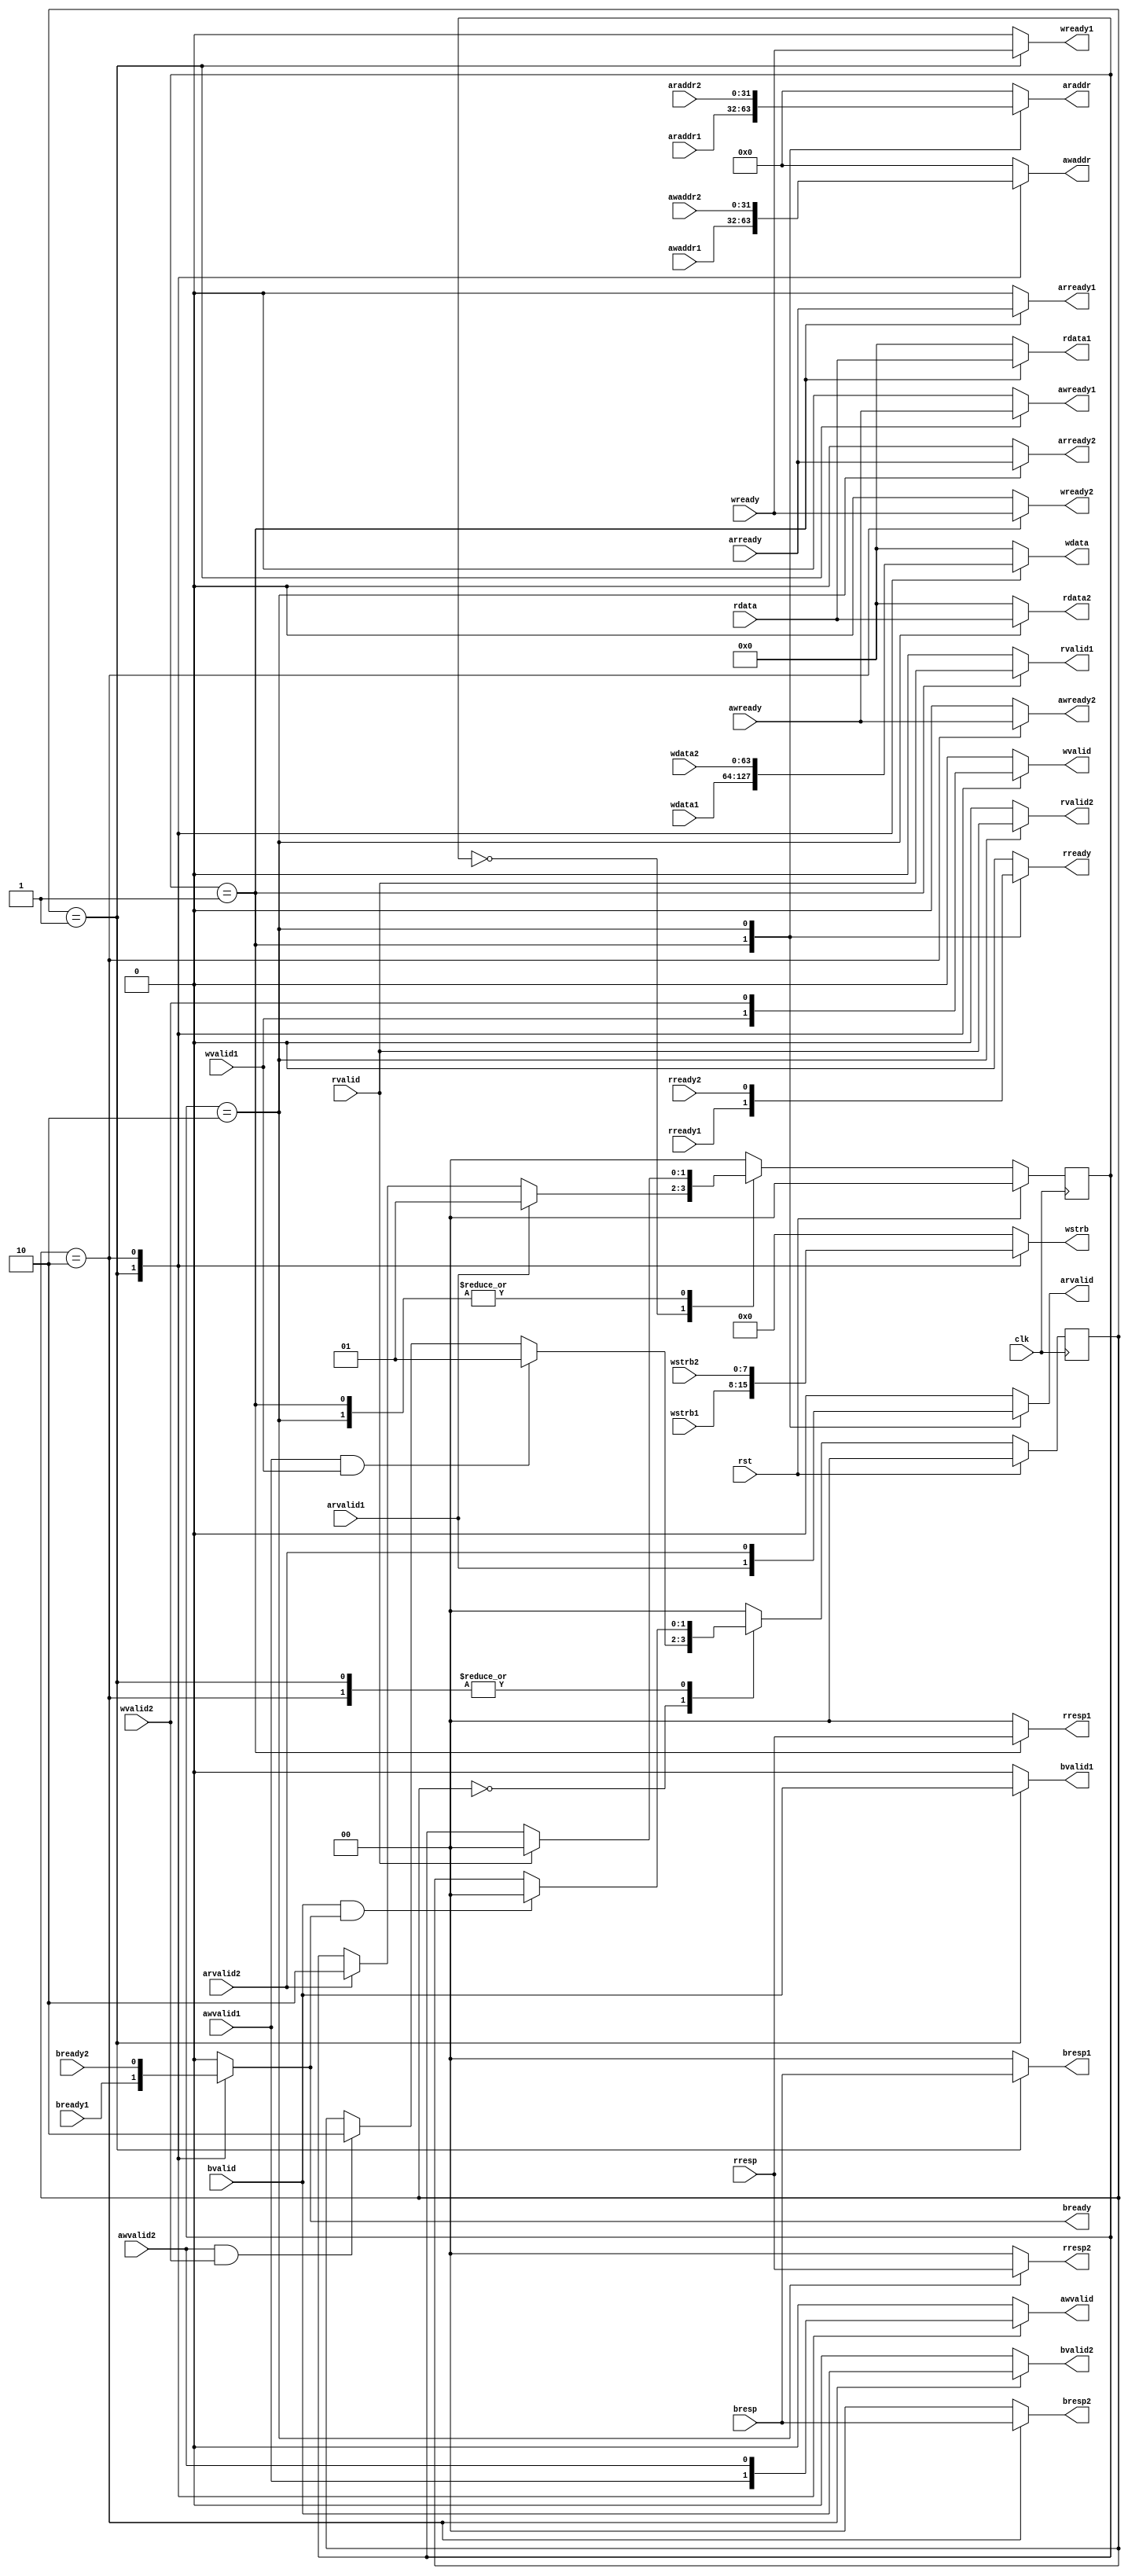
module ysyx_20020207_ARBITER(
  input clk, rst,
  //读通道1
  input arvalid1, rready1,
  input [31:0] araddr1,
  output reg arready1, rvalid1,
  output reg[1:0] rresp1,
  output reg[63:0] rdata1,
  //写通道1
  input awvalid1, wvalid1, bready1,
  input [7:0] wstrb1,
  input [31:0] awaddr1, 
  input [63:0] wdata1,
  output reg awready1, wready1, bvalid1,
  output reg[1:0] bresp1,
  //读通道2
  input arvalid2, rready2,
  input [31:0] araddr2,
  output reg arready2, rvalid2,
  output reg[1:0] rresp2,
  output reg[63:0] rdata2,
  //写通道2
  input awvalid2, wvalid2, bready2,
  input [7:0] wstrb2,
  input [31:0] awaddr2,
  input [63:0] wdata2,
  output reg awready2, wready2, bvalid2,
  output reg[1:0] bresp2,
  //与sram连接通道
  input arready, rvalid, awready, wready, bvalid,
  input [1:0] rresp, bresp,
  input [63:0] rdata,
  output reg arvalid, rready, awvalid, wvalid, bready, 
  output reg[31:0] araddr, awaddr, 
  output reg[63:0] wdata,
  output reg[7:0] wstrb
);
localparam IDLE_READ = 2'b00;
localparam MEM1_READ = 2'b01;
localparam MEM2_READ = 2'b10;

localparam IDLE_WRITE = 2'b00;
localparam MEM1_WRITE = 2'b01;
localparam MEM2_WRITE = 2'b10;

reg[1:0] read_state, write_state;
reg[1:0] read_target, write_target;

always@(posedge clk)begin
  if(rst)begin
    read_state <= IDLE_READ;
  end
  else begin
    case(read_state)
      IDLE_READ:begin
        if(arvalid1)begin
          read_state <= MEM1_READ;
        end
        else if(arvalid2)begin
          read_state <= MEM2_READ;
        end
      end
      MEM1_READ:begin
        if(rvalid)begin
          read_state <= IDLE_READ;
        end
      end
      MEM2_READ:begin
        if(rvalid)begin
          read_state <= IDLE_READ;
        end
      end
      default:begin
        read_state <= IDLE_READ;
      end
    endcase
  end
end

always@(*)begin
  case(read_state)
    MEM1_READ:begin
      arvalid = arvalid1;
      rready = rready1;
      araddr = araddr1;
    end
    MEM2_READ:begin
      arvalid = arvalid2;
      rready = rready2;
      araddr = araddr2;
    end
    default:begin
      arvalid = 0;
      rready = 0;
      araddr = 0;
    end
  endcase
end

assign arready1 = read_state == MEM1_READ ? arready : 0;
assign rvalid1 = read_state == MEM1_READ ? rvalid : 0;
assign rresp1 = read_state == MEM1_READ ? rresp : 0;
assign rdata1 = read_state == MEM1_READ ? rdata : 0;

assign arready2 = read_state == MEM2_READ ? arready : 0;
assign rvalid2 = read_state == MEM2_READ ? rvalid : 0;
assign rresp2 = read_state == MEM2_READ ? rresp : 0;
assign rdata2 = read_state == MEM2_READ ? rdata : 0;




always@(posedge clk)begin
  if(rst)begin
    write_state <= IDLE_READ;
  end
  else begin
    case(write_state)
      IDLE_WRITE:begin
        if(awvalid1 && wvalid1)begin
          write_state <= MEM1_WRITE;
        end
        else if(awvalid2 && wvalid2)begin
          write_state <= MEM2_WRITE;
        end
      end
      MEM1_WRITE:begin
        if(bvalid && bready)begin
          write_state <= IDLE_WRITE;
        end
      end
      MEM2_WRITE:begin
        if(bvalid && bready)begin
          write_state <= IDLE_WRITE;
        end
      end
      default:begin
        write_state <= IDLE_WRITE;
      end
    endcase
  end
end

always@(*)begin
  case(write_state)
    MEM1_WRITE:begin
      awvalid = awvalid1;
      wvalid = wvalid1;
      bready = bready1;
      awaddr = awaddr1;
      wdata = wdata1;
      wstrb = wstrb1;
    end
    MEM2_WRITE:begin
      awvalid = awvalid2;
      wvalid = wvalid2;
      bready = bready2;
      awaddr = awaddr2;
      wdata = wdata2;
      wstrb = wstrb2;
    end
    default:begin
      awvalid = 0;
      wvalid = 0;
      bready = 0;
      awaddr = 0;
      wdata = 0;
      wstrb = 0;
    end
  endcase
end

assign awready1 = write_state == MEM1_WRITE ? awready : 0;
assign wready1 = write_state == MEM1_WRITE ? wready : 0;
assign bvalid1 = write_state == MEM1_WRITE ? bvalid : 0;
assign bresp1 = write_state == MEM1_WRITE ? bresp : 0;

assign awready2 = write_state == MEM2_WRITE ? awready : 0;
assign wready2 = write_state == MEM2_WRITE ? wready : 0;
assign bvalid2 = write_state == MEM2_WRITE ? bvalid : 0;
assign bresp2 = write_state == MEM2_WRITE ? bresp : 0;


endmodule